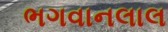
ભગવાનલાલ